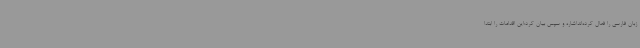
زبان فارسی را فعال کرده‌انداشاره و سپس بیان کرد:این اقدامات را ابتدا